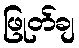
ဖြုတ်ချ